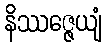
နိဿဇ္ဇေယျံ